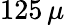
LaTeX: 125\, \mu